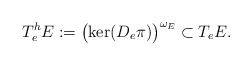
\begin{align*} T_e^hE := \bigl( \ker(D_e \pi) \bigr)^{\omega_{E}} \subset T_e E .\end{align*}